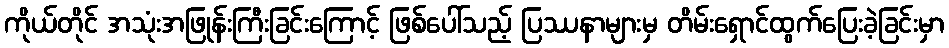
ကိုယ်တိုင် အသုံးအဖြုန်းကြီးခြင်းကြောင့် ဖြစ်ပေါ်သည့် ပြဿနာများမှ တိမ်းရှောင်ထွက်ပြေးခဲ့ခြင်းမှာ